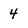
Character: 4